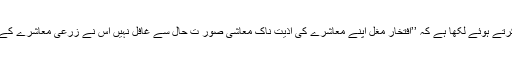
احمد ندیمؔ قاسمی نے افتخارؔ مغل کے اسی معاشی اور فکری شعور کا تذکرہ کرتے ہوئے لکھا ہے کہ ’’افتخارؔ مغل اپنے معاشرے کی اذیت ناک معاشی صور تِ حال سے غافل نہیں اُس نے زرعی معاشرے کے تخلیقی کردار ،کسان کی زندگی کی تصویر ان سچے الفاظ میں کھینچی ہے ۔